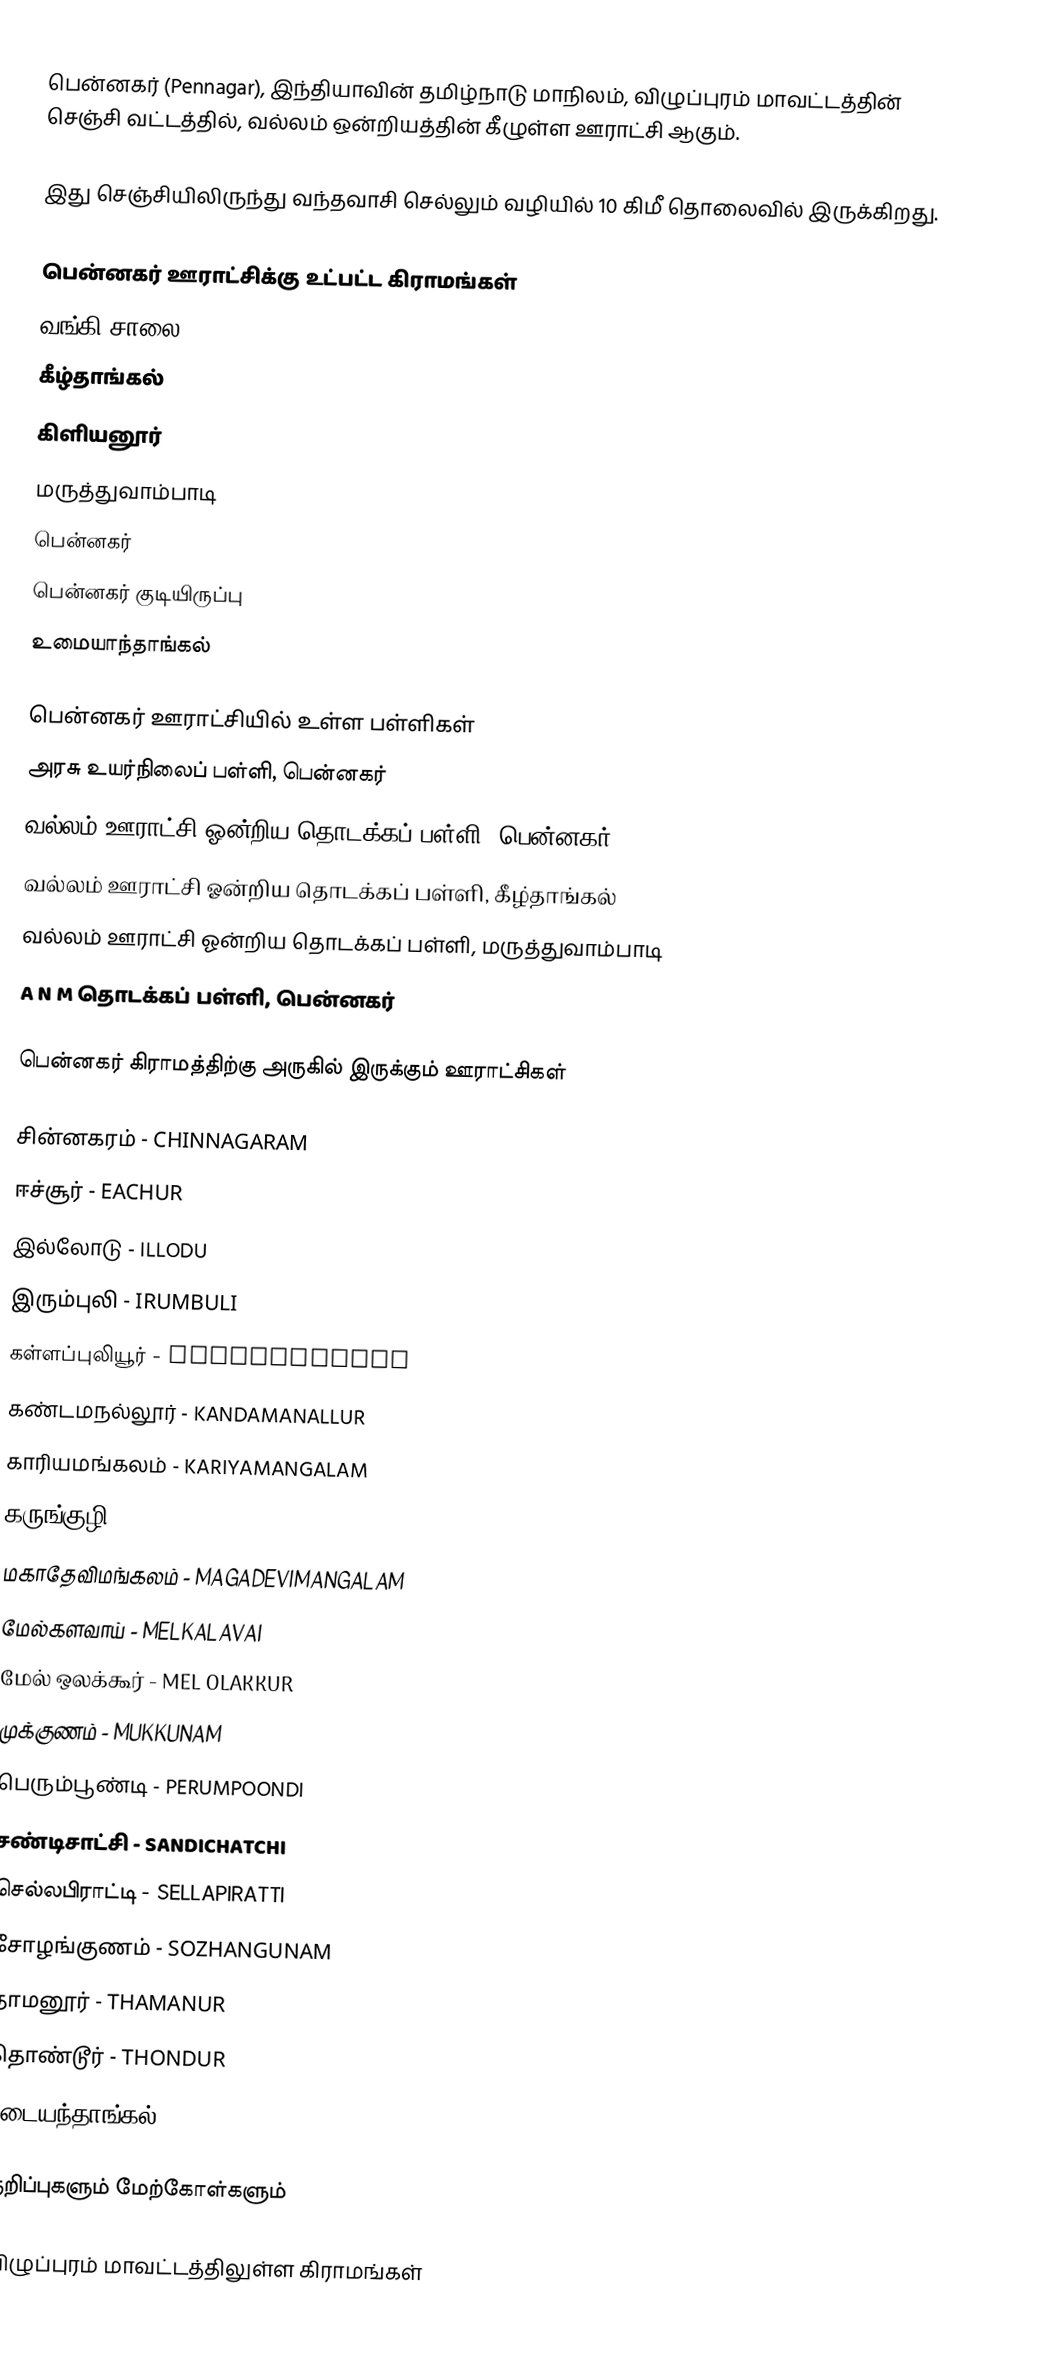
பென்னகர் (Pennagar), இந்தியாவின் தமிழ்நாடு மாநிலம், விழுப்புரம் மாவட்டத்தின் செஞ்சி வட்டத்தில், வல்லம் ஒன்றியத்தின் கீழுள்ள ஊராட்சி ஆகும்.

இது செஞ்சியிலிருந்து வந்தவாசி செல்லும் வழியில் 10 கிமீ தொலைவில் இருக்கிறது.

பென்னகர் ஊராட்சிக்கு உட்பட்ட கிராமங்கள்
 வங்கி சாலை
 கீழ்தாங்கல்
 கிளியனூர்
 மருத்துவாம்பாடி
 பென்னகர்
 பென்னகர் குடியிருப்பு
 உமையாந்தாங்கல்

பென்னகர் ஊராட்சியில் உள்ள பள்ளிகள்
 அரசு உயர்நிலைப் பள்ளி, பென்னகர்
 வல்லம் ஊராட்சி ஓன்றிய தொடக்கப் பள்ளி, பென்னகர்
 வல்லம் ஊராட்சி ஓன்றிய தொடக்கப் பள்ளி, கீழ்தாங்கல்
 வல்லம் ஊராட்சி ஓன்றிய தொடக்கப் பள்ளி, மருத்துவாம்பாடி
 A N M தொடக்கப் பள்ளி, பென்னகர்

பென்னகர் கிராமத்திற்கு அருகில் இருக்கும் ஊராட்சிகள்

சின்னகரம் - CHINNAGARAM
ஈச்சூர் - EACHUR
இல்லோடு - ILLODU
இரும்புலி - IRUMBULI
கள்ளப்புலியூர் - KALLAPULIYUR
கண்டமநல்லூர் - KANDAMANALLUR
காரியமங்கலம் - KARIYAMANGALAM
கருங்குழி - KARUNGUZHI
மகாதேவிமங்கலம் - MAGADEVIMANGALAM
மேல்களவாய் - MELKALAVAI
மேல் ஒலக்கூர் - MEL OLAKKUR
முக்குணம் - MUKKUNAM
பெரும்பூண்டி - PERUMPOONDI
சண்டிசாட்சி - SANDICHATCHI
செல்லபிராட்டி - SELLAPIRATTI
சோழங்குணம் - SOZHANGUNAM
தாமனூர் - THAMANUR
தொண்டூர் - THONDUR
உடையந்தாங்கல் - UDAIYANATHANGAL

குறிப்புகளும் மேற்கோள்களும்

விழுப்புரம் மாவட்டத்திலுள்ள கிராமங்கள்